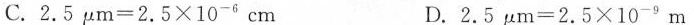
C. $$2 . 5 μ m = 2 . 5 \times 1 0 ^ { - 6 } c m$$ D. $$2 . 5 μ m = 2 . 5 \times 1 0 ^ { - 9 } m$$